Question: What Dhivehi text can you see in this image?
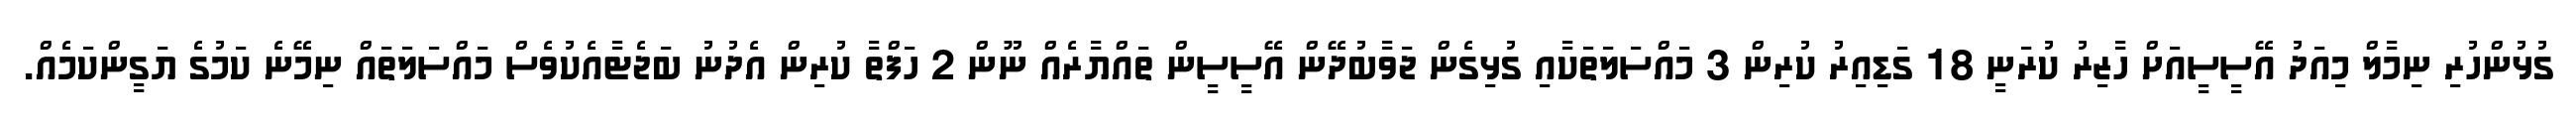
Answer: ގުޅުންހުރި ނިމާލް މިއަދު އޭސީސީއަށް ހާޒިރު ކުރަނީ 18 ގަޑިއިރު ކުރިން 3 މައްސަލަތަކާއި ގުޅިގެން ޖަވާބުދޭން އޭސީސީން ތައްޔާރެއް ނޫން 2 ހަފްތާ ކުރިން އެދުނު ބަޖެޓާއެކުވެސް މައްސަލަތައް ނިމޭނެ ކަމުގެ ޔަގީންކަމެއް.